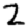
Digit: 2